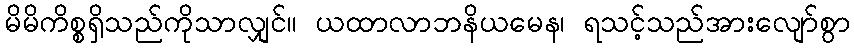
မိမိကိစ္စရှိသည်ကိုသာလျှင်။ ယထာလာဘနိယမေန၊ ရသင့်သည်အားလျော်စွာ